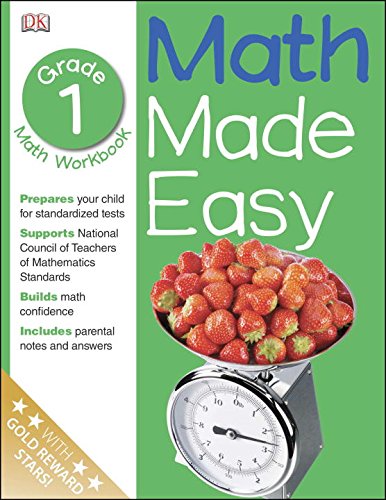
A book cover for Math Made Easy: 1st Grade Workbook, Ages 6-7; Sue Phillips; Children's Books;